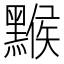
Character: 𪑻